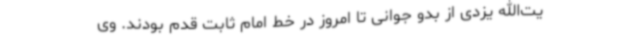
یت‌الله یزدی از بدو جوانی تا امروز در خط امام ثابت قدم بودند. وی